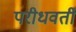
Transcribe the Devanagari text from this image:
परीधवर्ती